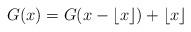
LaTeX: \begin{align*} G(x) = G( x - \lfloor x \rfloor ) + \lfloor x \rfloor\end{align*}